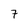
Character: 7